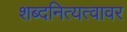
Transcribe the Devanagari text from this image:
शब्दनित्यत्वावर